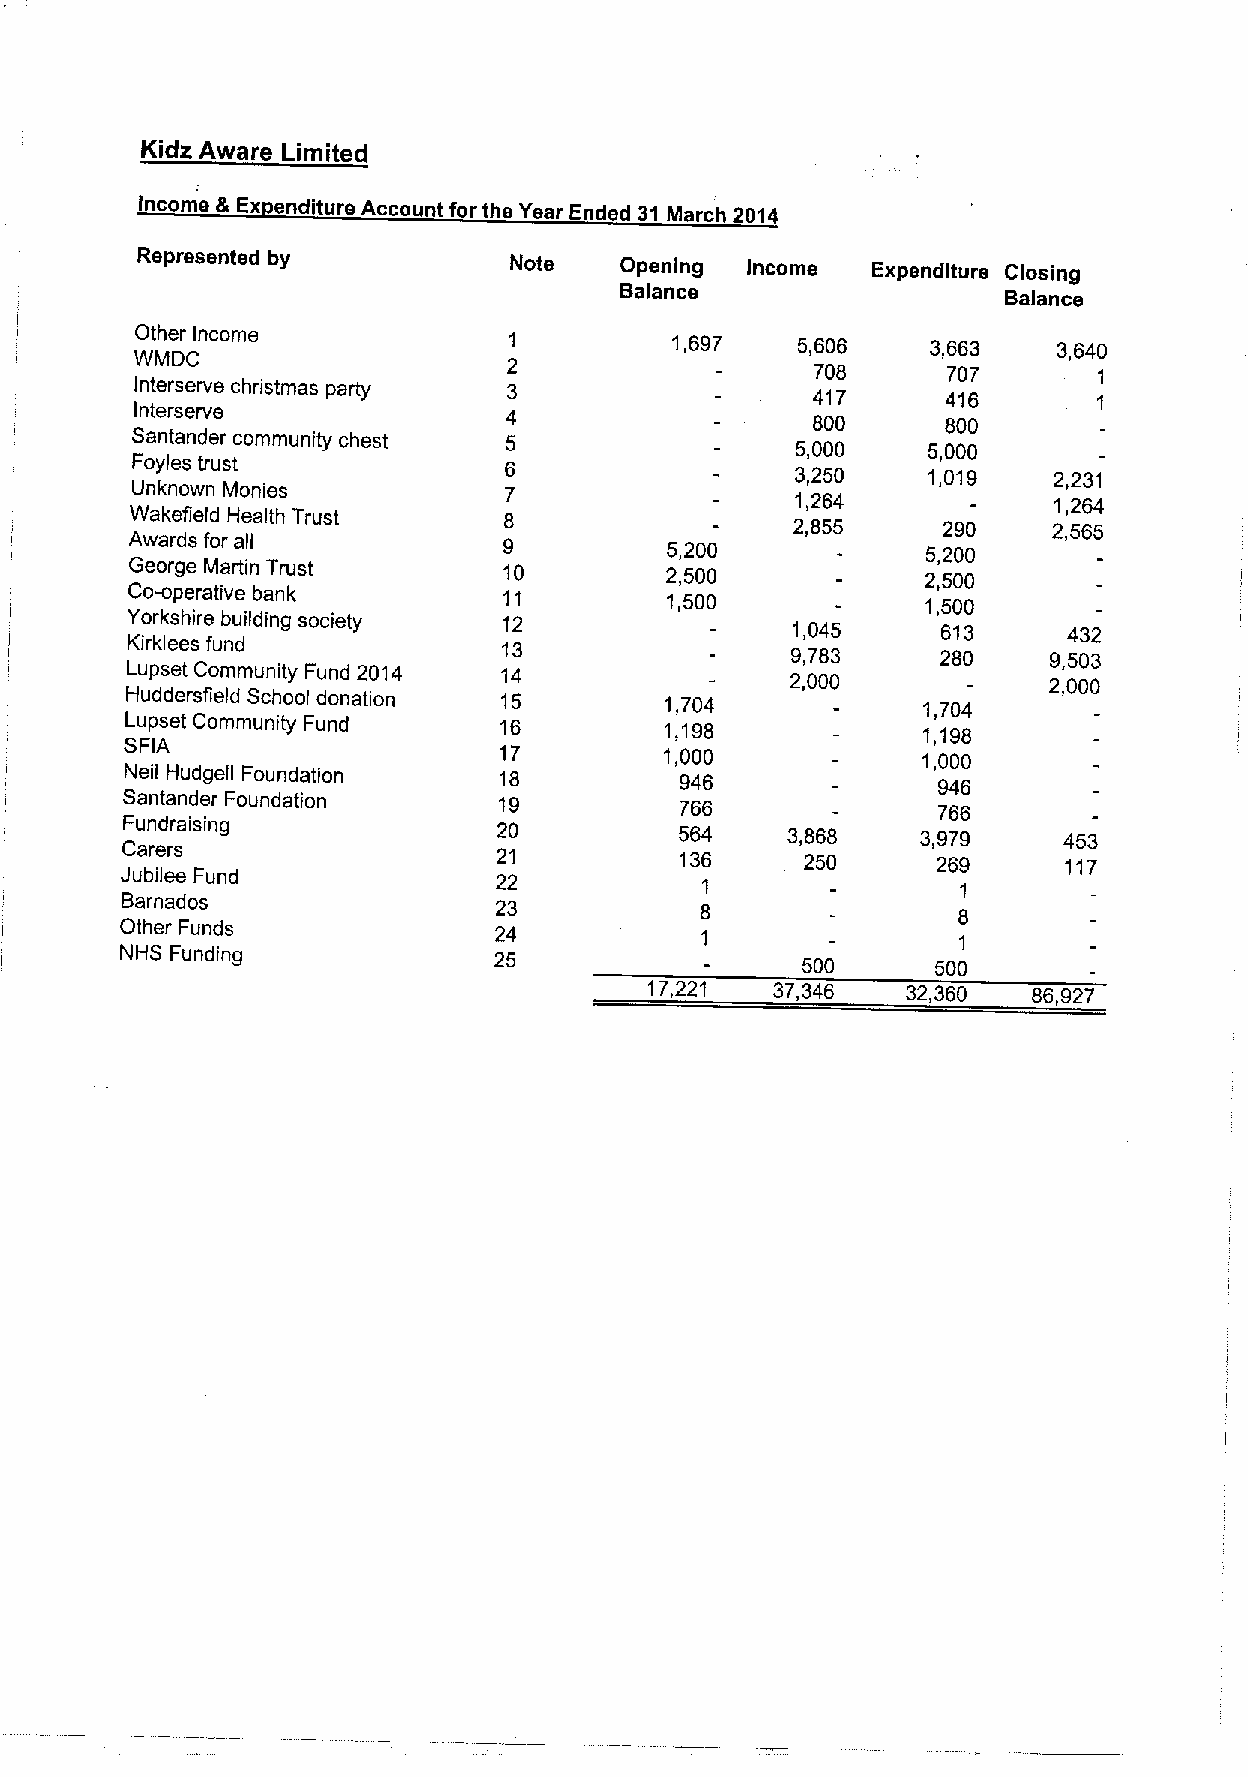
Kidz Aware Limited
 Income &Ex enditure Account for the Year Ended 31 March 2014
 Represented by           Note   Opening Income   Expenditure Closing
 Balance
 Balance
 Other Income
 1         1,697    5,606    3,663   3,640
 WMDC
 2                   708      707
 Interserve christmas party 3                 417      416       1
 Interserve              4                    800      800       1
 Santander community chest 5                 5,000   5,000
 Foyles trust            6                   3,250   1,019    2,231
 Unknown Monies          7                   1,264            1,264
 Wakefield Health Trust  8                   2,855    290     2,565
 Awards for all           9          5,200            5,200
 George Martin Trust     10         2,500            2,500
 Co-operative bank        11         1,500            1,500
 Yorkshire building society 12               1,045     613      432
 Kirklees fund            13
 9,783     280     9,503
 Lupset Community Fund 2014 14               2,000            2,000
 Huddersfield School donation 15     1,704            1,704
 Lupset Community Fund    16         1,198            1,198
 SFIA                     17         1,000            1,000
 Neil Hudgell Foundation  18          946              946
 Santander Foundation     19          766              766
 Fundraising              20          564    3,868    3,979    453
 Carers
 21          136     250      269      117
 Jubilee Fund             22
 Bamados                               1                 1
 23           8                8
 Other Funds              24
 NHS Funding              25           1      500      5001
 17,221  37,346   32,360  86,927